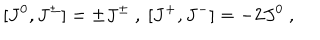
LaTeX: [ J ^ { 0 } , J ^ { \pm } ] = \pm J ^ { \pm } \ , \ [ J ^ { + } , J ^ { - } ] = - 2 J ^ { 0 } \ ,